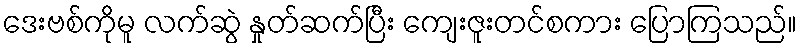
ဒေးဗစ်ကိုမူ လက်ဆွဲ နှုတ်ဆက်ပြီး ကျေးဇူးတင်စကား ပြောကြသည်။